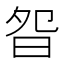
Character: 𣆌